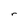
Character: r